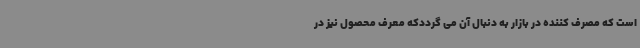
است که مصرف کننده در بازار به دنبال آن می گرددکه معرف محصول نیز در